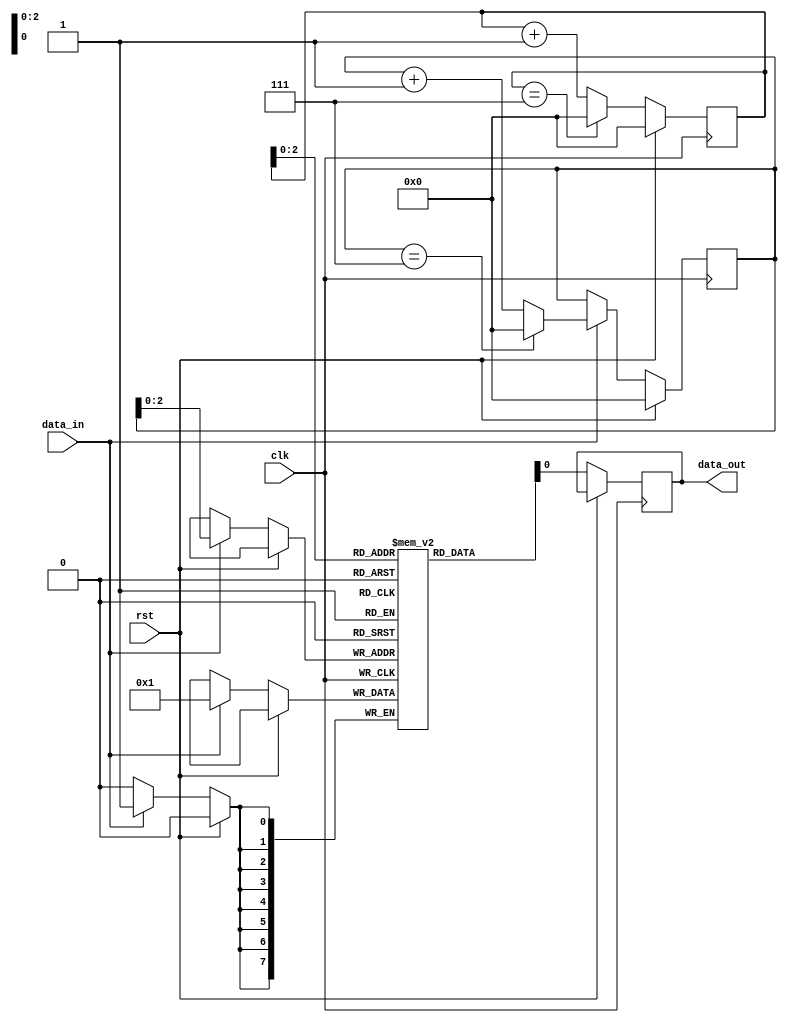
module fifo_buffer (
    input wire clk,
    input wire rst,
    input wire data_in,
    output reg data_out
);

parameter BUFFER_SIZE = 8; // Size of the FIFO Buffer

reg [7:0] memory [0:BUFFER_SIZE-1]; // Internal memory array to store data
reg [3:0] write_ptr = 0; // Write pointer
reg [3:0] read_ptr = 0; // Read pointer

always @(posedge clk) begin
    if (rst) begin
        write_ptr <= 0;
        read_ptr <= 0;
    end else begin
        // Write data to buffer
        if (data_in) begin
            memory[write_ptr] <= data_in;
            write_ptr <= (write_ptr == BUFFER_SIZE-1) ? 0 : write_ptr + 1;
        end
        
        // Read data from buffer
        data_out <= memory[read_ptr];
        read_ptr <= (read_ptr == BUFFER_SIZE-1) ? 0 : read_ptr + 1;
    end
end

endmodule